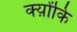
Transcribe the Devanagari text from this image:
क्य़ोंकि